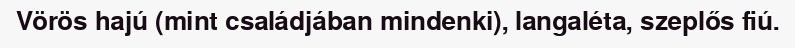
Vörös hajú (mint családjában mindenki), langaléta, szeplős fiú.